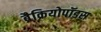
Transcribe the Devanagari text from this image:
ब्रैक्रियोपॉडस